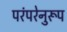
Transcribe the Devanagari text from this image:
परंपरेनुरूप